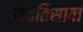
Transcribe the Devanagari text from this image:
सदतिसावा